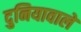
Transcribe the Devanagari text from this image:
दुनियावाले